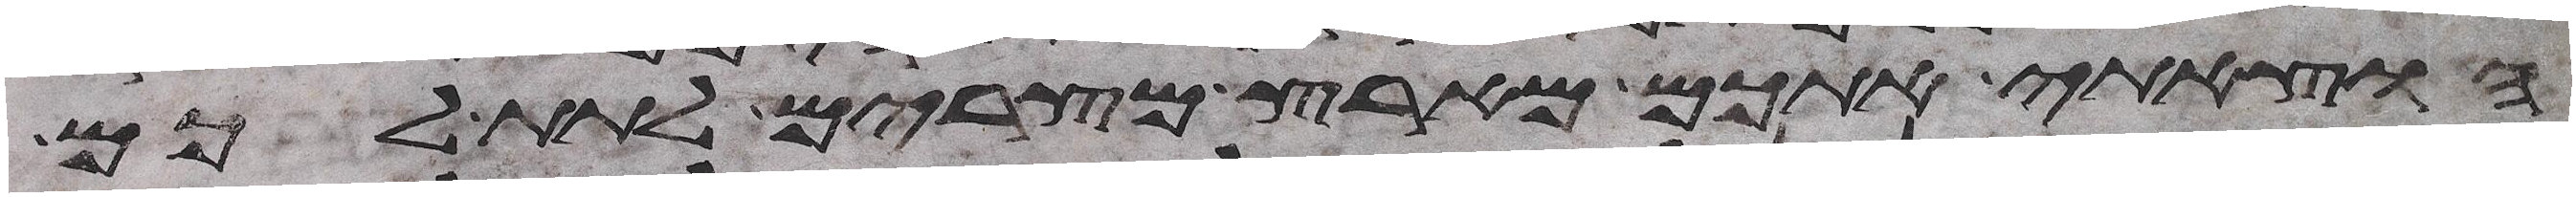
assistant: הוצאתי אתכם מארץ מצרים לתת לכם